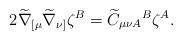
\begin{align*}2\widetilde{\nabla }_{[\mu }\widetilde{\nabla }_{\nu ]}\zeta ^{B}=\widetilde{C}_{\mu \nu A}{}^{B}\zeta ^{A}. \end{align*}